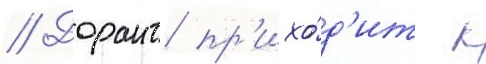
// Дорант пр'ихо́д'ит к